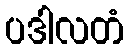
ပဒါလတံ